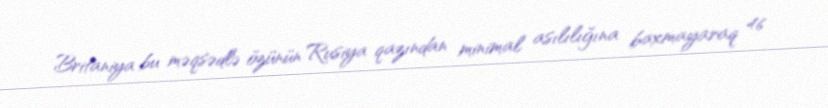
Britaniya bu məqsədlə özünün Rusiya qazından minimal asılılığına baxmayaraq 46